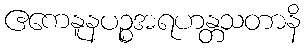
ဧကေနူနပဉ္စအရဟန္တသတာနိ